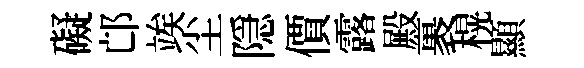
礙邙竢尘隠價露殿裹榥顯